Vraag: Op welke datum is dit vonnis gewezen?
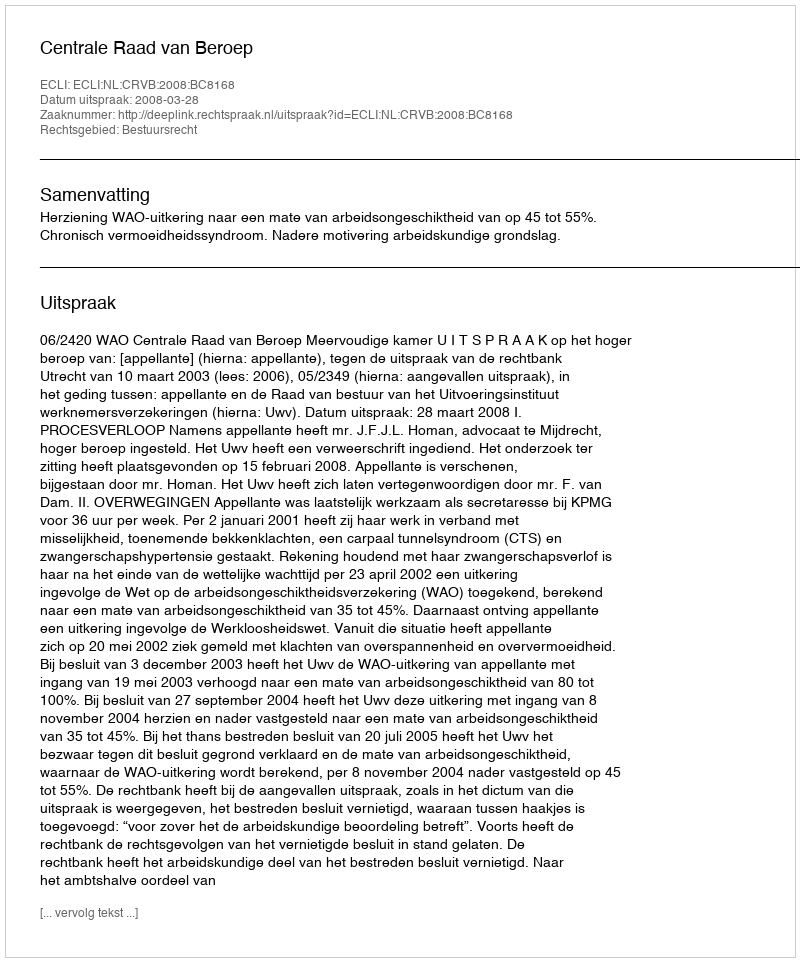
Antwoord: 2008-03-28